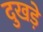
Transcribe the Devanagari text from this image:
दुखड़े